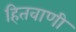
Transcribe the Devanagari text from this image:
हितवाणी